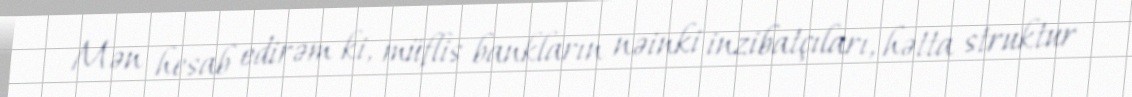
Mən hesab edirəm ki, müflis bankların nəinki inzibatçıları, hətta struktur